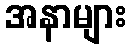
အနာများ